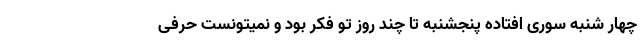
چهار شنبه سوری افتاده پنجشنبه تا چند روز تو فکر بود و نمیتونست حرفی